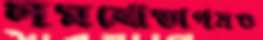
সমঝোতাপত্রও